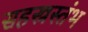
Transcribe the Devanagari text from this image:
सहस्त्रस्तंभ